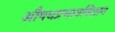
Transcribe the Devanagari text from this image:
औषधप्रभावविज्ञान